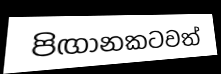
පිඟානකටවත්